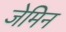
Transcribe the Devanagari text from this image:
जेमिन